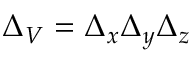
{ \Delta _ { V } = \Delta _ { x } \Delta _ { y } \Delta _ { z } }